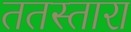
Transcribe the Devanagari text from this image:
ततस्तारा